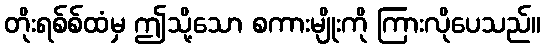
တိုးရစ်စ်ထံမှ ဤသို့သော စကားမျိုးကို ကြားလိုပေသည်။